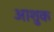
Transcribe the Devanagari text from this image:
आशुक